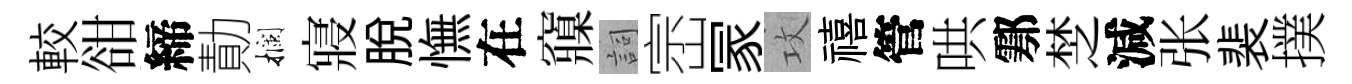
較𧮳締勣攔寢脱憮在䆿詞崈冡攻禧管哄鄠椘減张裴撲